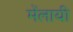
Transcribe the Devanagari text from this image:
मेंलायी